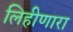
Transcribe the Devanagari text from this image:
लिहीणारा